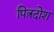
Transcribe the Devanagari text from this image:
पित्रदोश